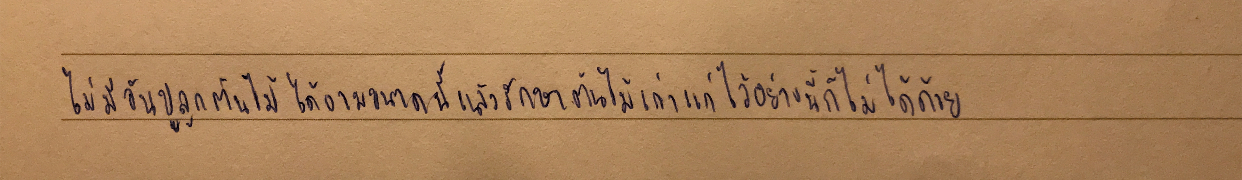
ไม่มีวันปลูกต้นไม้ได้งามขนาดนี้แล้วรักษาต้นไม้เก่าแก่ไว้อย่างนี้ก็ไม่ได้ด้วย